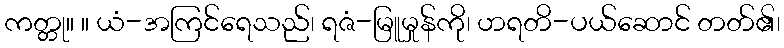
ကတ္တု။ ။ ယံ-အကြင်ရေသည်၊ ရဇံ-မြူမှုန်ကို၊ ဟရတိ-ပယ်ဆောင် တတ်၏၊